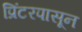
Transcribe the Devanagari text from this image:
प्रिंटरपासून